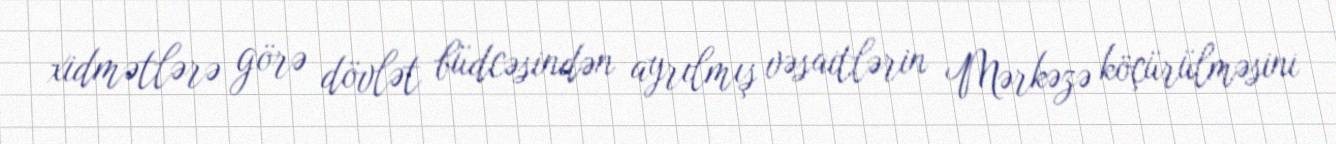
xidmətlərə görə dövlət büdcəsindən ayrılmış vəsaitlərin Mərkəzə köçürülməsini